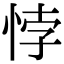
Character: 悖